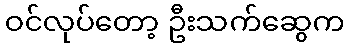
ဝင်လုပ်တော့ ဦးသက်ဆွေက